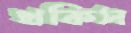
থকিস